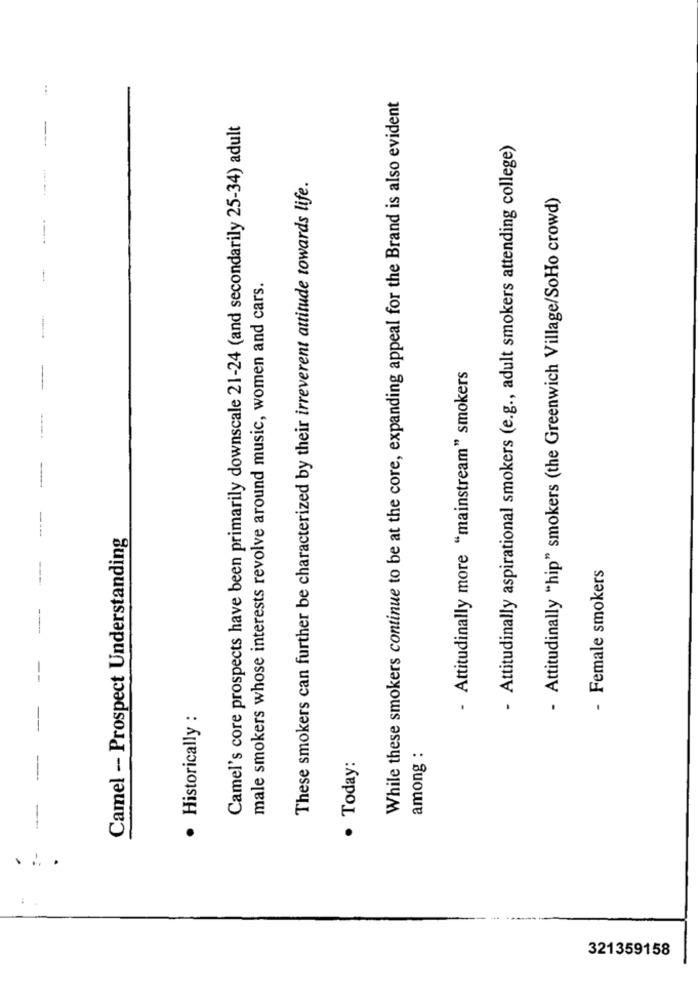
:
While these smokers continue to be at the core, expanding appeal for the Brand is also evident
Camel's core prospects have been primarily downscale 21-24 (and secondarily 25-34) adult
- Attitudinally aspirational smokers (e.g ., adult smokers attending college)
These smokers can further be characterized by their irreverent attitude towards life.
- Attitudinally "hip" smokers (the Greenwich Village/SoHo crowd)
----
male smokers whose interests revolve around music, women and cars.
- Attitudinally more "mainstream" smokers
Camel - Prospect Understanding
- Female smokers
· Historically :
among :
-
· Today:
--
. .. .
321359158